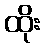
ထိုး